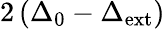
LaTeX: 2\left(\Delta_{0}-\Delta_{\mathrm{{ext}}}\right)